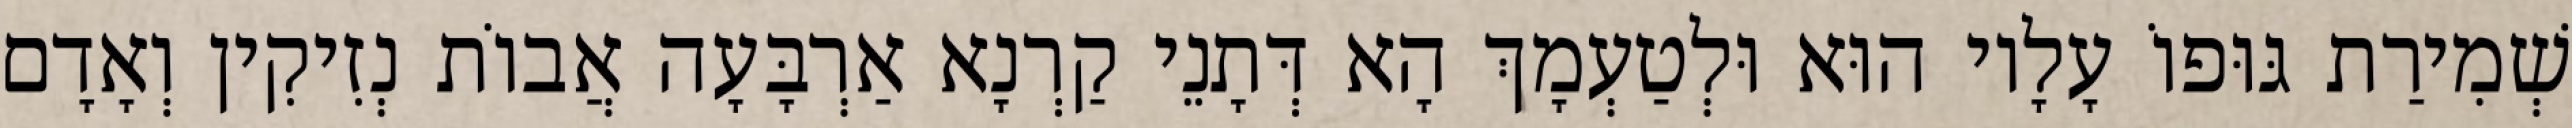
שְׁמִירַת גּוּפוֹ עָלָיו הוּא וּלְטַעְמָךְ הָא דְּתָנֵי קַרְנָא אַרְבָּעָה אֲבוֹת נְזִיקִין וְאָדָם